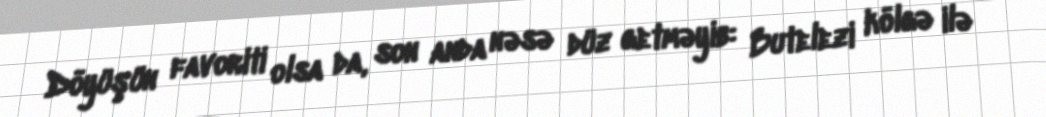
Döyüşün favoriti olsa da, son anda nəsə düz getməyib: Butelezi kölgə ilə